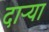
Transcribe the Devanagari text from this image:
दाऱ्या